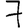
Digit: 7